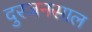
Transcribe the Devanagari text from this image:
दुरजनसाल